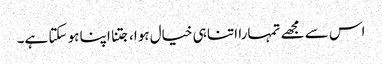
اس سے مجھے تمہارا اتنا ہی خیال ہوا، جتنا اپنا ہو سکتا ہے۔